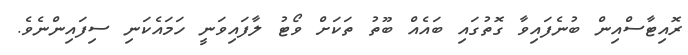
ރޮއިޓާސްއިން ބުނެފައިވާ ގޮތުގައި ބައެއް ބޫތު ތަކަށް ވޯޓު ލާފައިވަނީ ހަމައެކަނި ސިފައިންނެވެ.